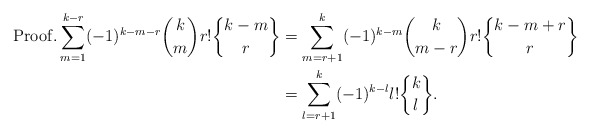
\begin{align*}\mathrm{Proof.} \displaystyle \sum_{m=1}^{k-r}(-1)^{k-m-r} \binom{k}{m} r! \genfrac{\{}{\}}{0pt}{}{k-m}{r}&=\displaystyle \sum_{m=r+1}^{k}(-1)^{k-m} \binom{k}{m-r} r! \genfrac{\{}{\}}{0pt}{}{k-m+r}{r}\\&=\displaystyle \sum_{l=r+1}^{k}(-1)^{k-l} l! \genfrac{\{}{\}}{0pt}{}{k}{l}.\end{align*}